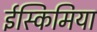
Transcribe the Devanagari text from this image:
ईस्किमिया